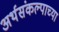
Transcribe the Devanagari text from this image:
अर्थसंकल्पाच्या